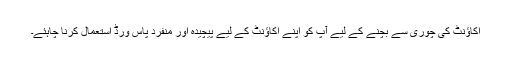
اکاؤنٹ کی چوری سے بچنے کے لیے آپ کو اپنے اکاؤنٹ کے لیے پیچیدہ اور منفرد پاس ورڈ استعمال کرنا چاہئے۔